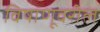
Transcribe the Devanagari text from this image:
विषाणूवरील